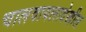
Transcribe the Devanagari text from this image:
चालवायलादेखील